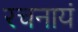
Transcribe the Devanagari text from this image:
रचनायं